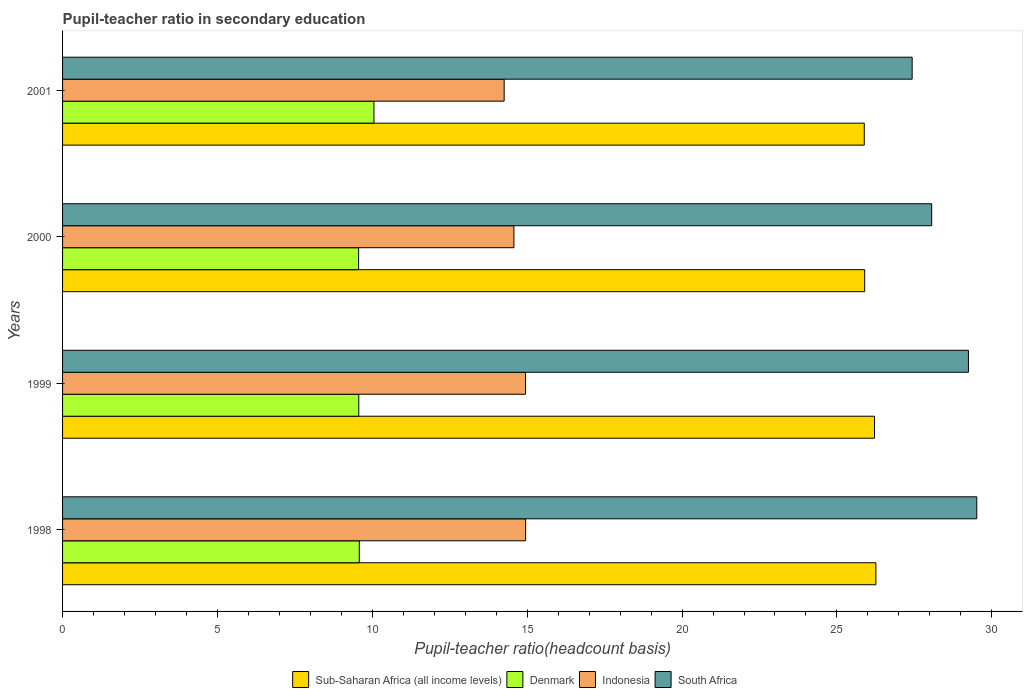
| Years | Sub-Saharan Africa (all income levels) | Denmark | Indonesia | South Africa |
 | --- | --- | --- | --- | --- |
 | 1998 | 26.3 | 9.58 | 14.9 | 29.5 |
 | 1999 | 26.2 | 9.56 | 14.9 | 29.2 |
 | 2000 | 25.9 | 9.56 | 14.6 | 28.1 |
 | 2001 | 25.9 | 10.1 | 14.3 | 27.4 |